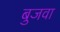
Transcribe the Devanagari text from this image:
बुजवा